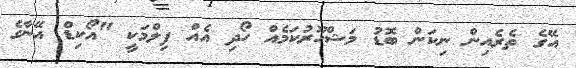
އޭގެ ތެރެއިން ނިކަން ބޮޑު މަޝްހޫރުކަމެއް ހޯދި އެއް ފިލްމަކީ "އޯކިޑް އޭނާގެ